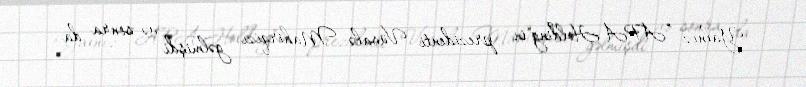
Yalnız ”APA Holding"in prezidenti Vüsalə Mahirqızı gəlmişdi və sonra da